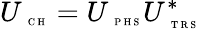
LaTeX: U_{\mathrm{~\tiny~C~H~}}=U_{\mathrm{~\tiny~P~H~S~}}U_{\mathrm{~\tiny~T~R~S~}}^{*}